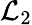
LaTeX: \mathcal{L}_{2}